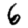
Digit: 6